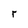
Character: r